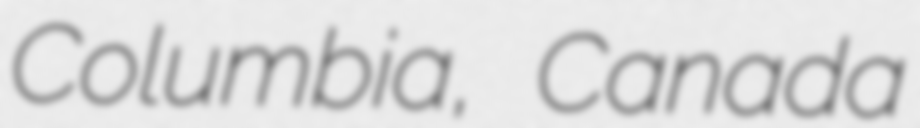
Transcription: Columbia, Canada